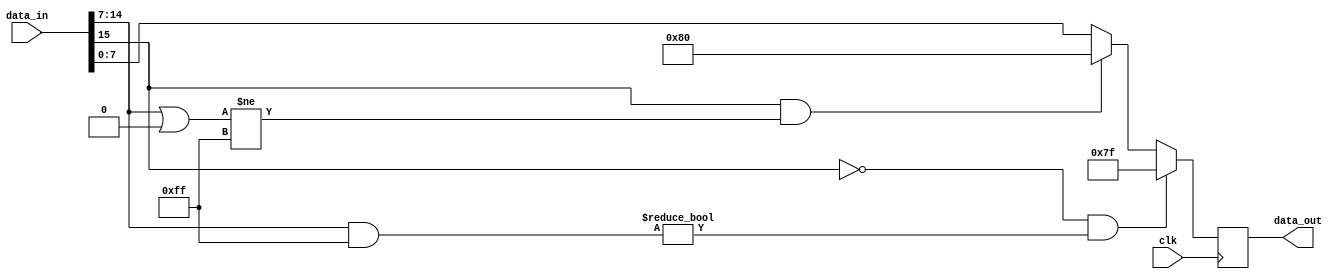
module cal_sat_int16_int8
(
	input clk,
	input [15:0] data_in,
	output reg [7:0] data_out
);
	/*
    reg [15:0] data_in_d;
    always@(posedge clk) begin
        data_in_d<=data_in;
    end
	*/
	wire [15:0] data_in_d;
	assign data_in_d=data_in;
	always@(posedge clk) begin
		if(data_in_d[15]==1'b0&&((data_in_d[14:7]&8'b11111111)!=8'b00000000)) begin
			data_out<=8'b01111111;
		end else begin
			if(data_in_d[15]==1'b1&&((data_in_d[14:7]|8'b00000000)!=8'b11111111)) begin
				data_out<=8'b10000000;
			end else begin
				data_out<=data_in_d[7:0];
			end
		end
	end
endmodule